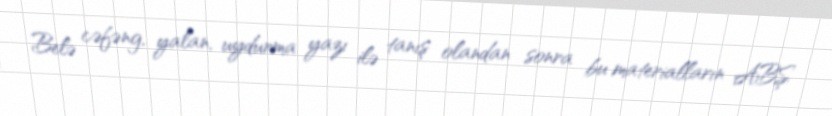
Belə cəfəng, yalan, uydurma yazı ilə tanış olandan sonra bu materialların ABŞ